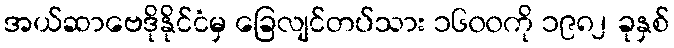
အယ်ဆာဗေဒိုနိုင်ငံမှ ခြေလျင်တပ်သား ၁၆၀၀ကို ၁၉၈၂ ခုနှစ်